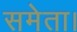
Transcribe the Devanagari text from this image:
समेता।